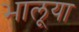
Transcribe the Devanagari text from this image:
भालूया